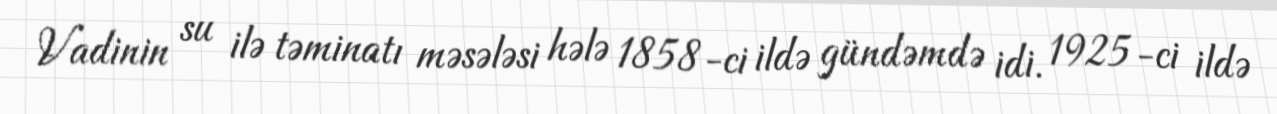
Vadinin su ilə təminatı məsələsi hələ 1858-ci ildə gündəmdə idi. 1925-ci ildə